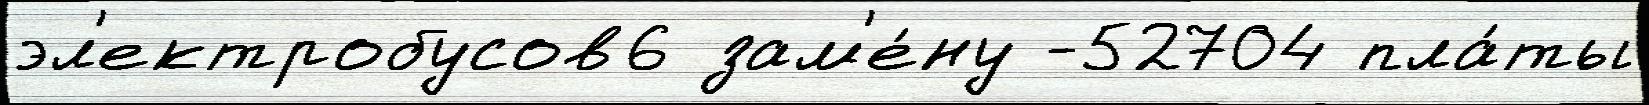
эл'ектробусов6 зам'е́ну -52704 пла́ты